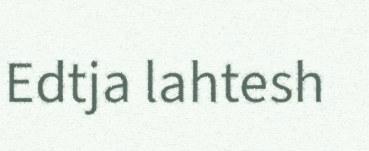
Edtja lahtesh